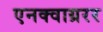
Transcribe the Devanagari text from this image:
एनक्वाय्ररर